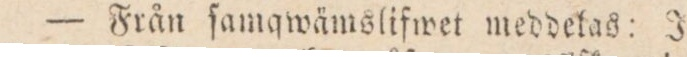
— Från ſamqwämslifwet meddelas: J